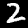
Digit: 2